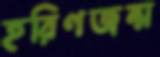
হরিণজন্ম